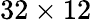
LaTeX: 32\times 12